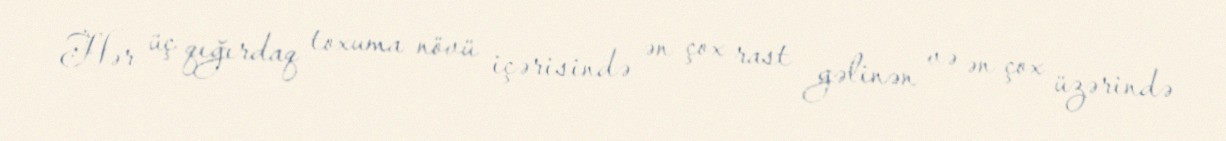
Hər üç qığırdaq toxuma növü içərisində ən çox rast gəlinən və ən çox üzərində